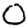
Digit: 0